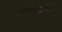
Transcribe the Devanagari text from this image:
अंतरर्ग्रहण